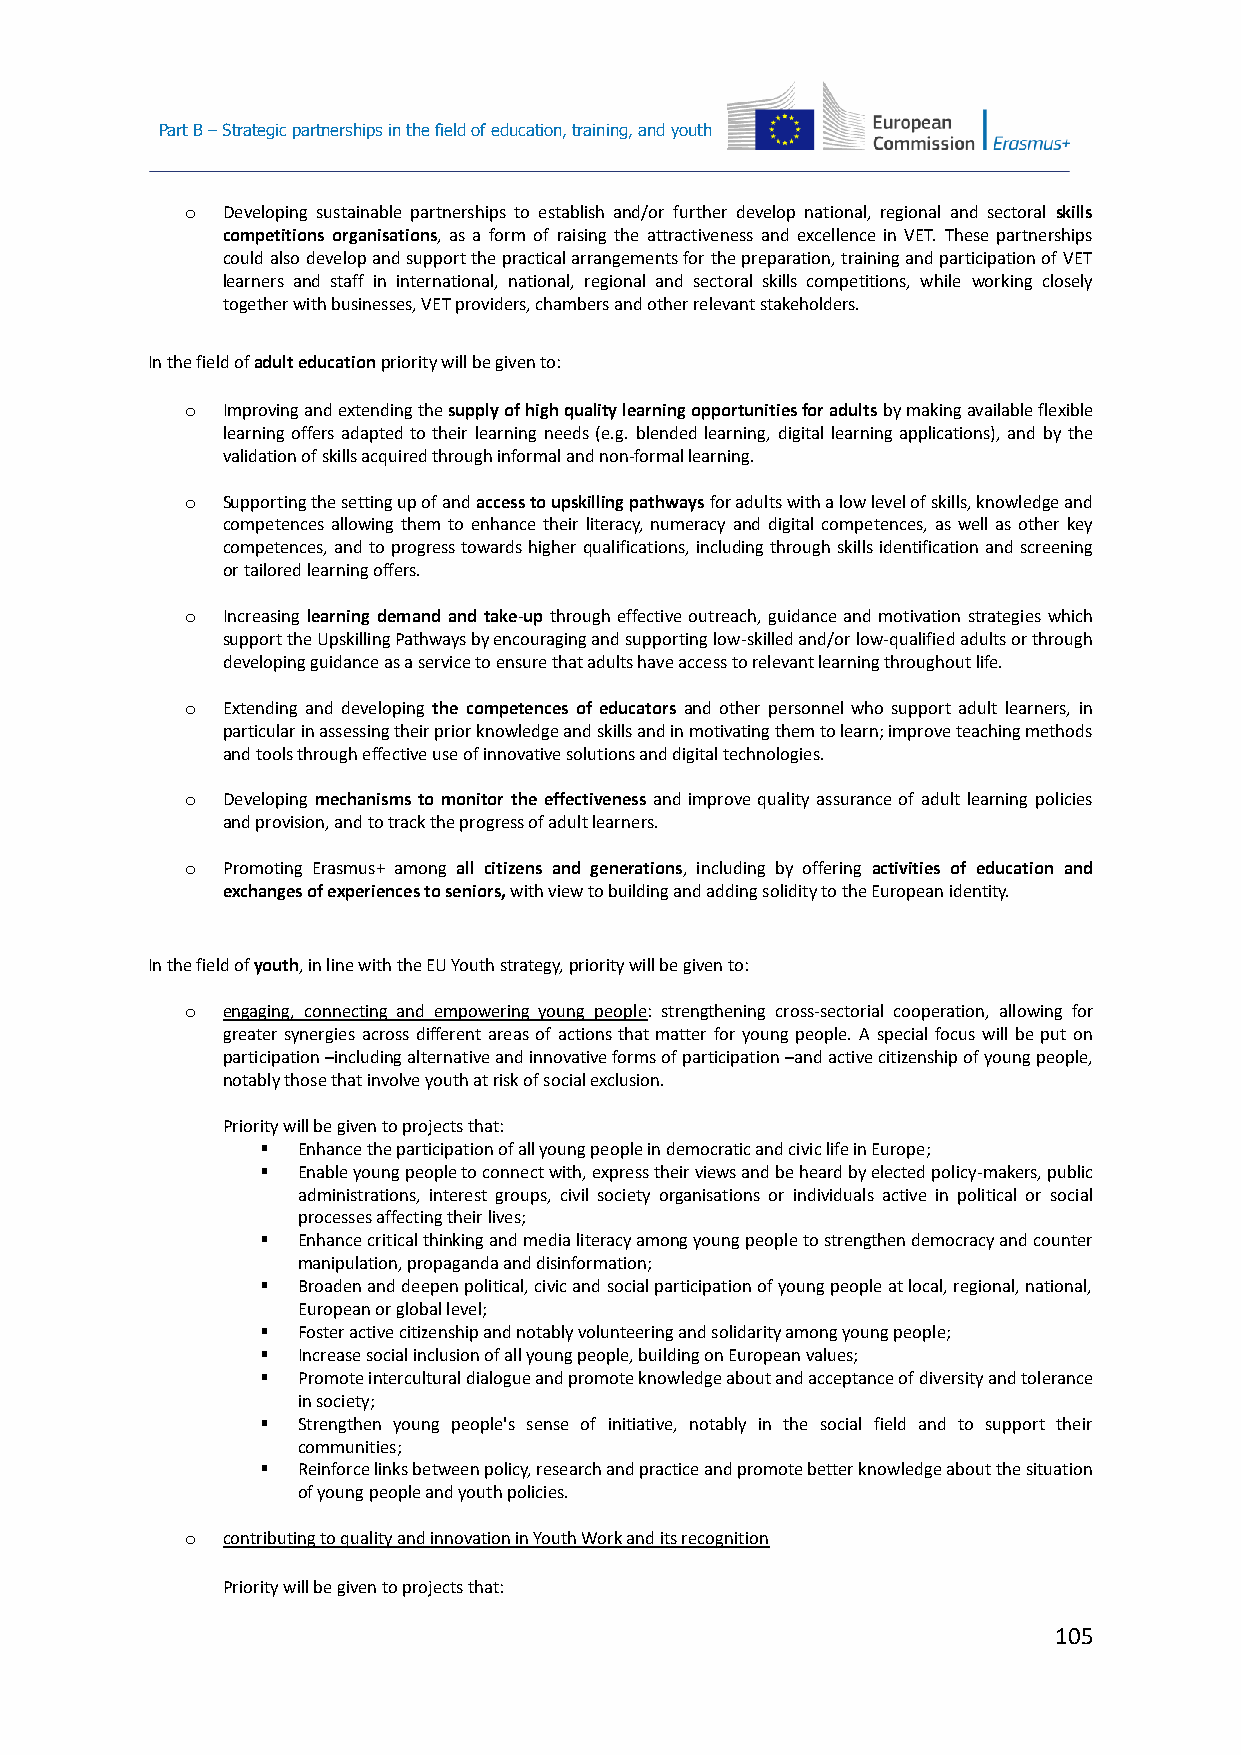
Part B – Strategic partnerships in the field of education, training, and youth
 o  Developing sustainable partnerships to establish and/or further develop national, regional and sectoral skills
 competitions organisations, as a form of raising the attractiveness and excellence in VET. These partnerships
 could also develop and support the practical arrangements for the preparation, training and participation of VET
 learners and staff in international, national, regional and sectoral skills competitions, while working closely
 together with businesses, VET providers, chambers and other relevant stakeholders.
 In the field of adult education priority will be given to:
 o  Improving and extending the supply of high quality learning opportunities for adults by making available flexible
 learning offers adapted to their learning needs (e.g. blended learning, digital learning applications), and by the
 validation of skills acquired through informal and non-formal learning.
 o  Supporting the setting up of and access to upskilling pathways for adults with a low level of skills, knowledge and
 competences allowing them to enhance their literacy, numeracy and digital competences, as well as other key
 competences, and to progress towards higher qualifications, including through skills identification and screening
 or tailored learning offers.
 o  Increasing learning demand and take-up through effective outreach, guidance and motivation strategies which
 support the Upskilling Pathways by encouraging and supporting low-skilled and/or low-qualified adults or through
 developing guidance as a service to ensure that adults have access to relevant learning throughout life.
 o  Extending and developing the competences of educators and other personnel who support adult learners, in
 particular in assessing their prior knowledge and skills and in motivating them to learn; improve teaching methods
 and tools through effective use of innovative solutions and digital technologies.
 o  Developing mechanisms to monitor the effectiveness and improve quality assurance of adult learning policies
 and provision, and to track the progress of adult learners.
 o  Promoting Erasmus+ among all citizens and generations, including by offering activities of education and
 exchanges of experiences to seniors, with view to building and adding solidity to the European identity.
 In the field of youth, in line with the EU Youth strategy, priority will be given to:
 o  engaging, connecting and empowering young people: strengthening cross-sectorial cooperation, allowing for
 greater synergies across different areas of actions that matter for young people. A special focus will be put on
 participation –including alternative and innovative forms of participation –and active citizenship of young people,
 notably those that involve youth at risk of social exclusion.
 Priority will be given to projects that:
   Enhance the participation of all young people in democratic and civic life in Europe;
   Enable young people to connect with, express their views and be heard by elected policy-makers, public
 administrations, interest groups, civil society organisations or individuals active in political or social
 processes affecting their lives;
   Enhance critical thinking and media literacy among young people to strengthen democracy and counter
 manipulation, propaganda and disinformation;
   Broaden and deepen political, civic and social participation of young people at local, regional, national,
 European or global level;
   Foster active citizenship and notably volunteering and solidarity among young people;
   Increase social inclusion of all young people, building on European values;
   Promote intercultural dialogue and promote knowledge about and acceptance of diversity and tolerance
 in society;
   Strengthen young people's sense of initiative, notably in the social field and to support their
 communities;
   Reinforce links between policy, research and practice and promote better knowledge about the situation
 of young people and youth policies.
 o  contributing to quality and innovation in Youth Work and its recognition
 Priority will be given to projects that:
 105